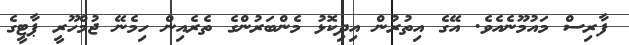
ފާރިސް މައުމޫނެއެވެ. އޭގެ އިތުރުން އިދިކޮޅު މެންބަރުންގެ ތެރެއިން ހިމެނޭ ޖުމްހޫރީ ޕާޓީގެ